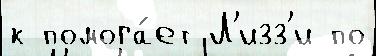
к помога́ет Л'изз'и по